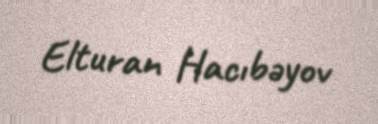
Elturan Hacıbəyov